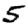
Digit: 5